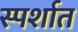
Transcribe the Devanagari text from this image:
स्पर्शात